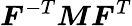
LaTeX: {\boldsymbol{F}}^{-T}{\boldsymbol{M}}{\boldsymbol{F}}^{T}